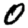
Digit: 0